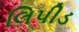
લિપીડ